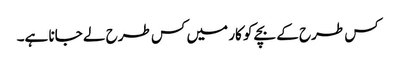
کس طرح کے بچے کو کار میں کس طرح لے جانا ہے۔